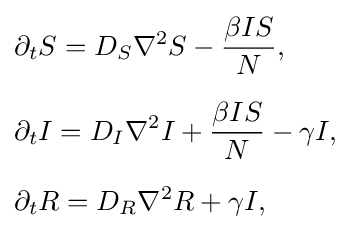
{\begin{aligned}&\partial _{t}S=D_{S}\nabla ^{2}S-{\frac {\beta IS}{N}},\\[6pt]&\partial _{t}I=D_{I}\nabla ^{2}I+{\frac {\beta IS}{N}}-\gamma I,\\[6pt]&\partial _{t}R=D_{R}\nabla ^{2}R+\gamma I,\end{aligned}}